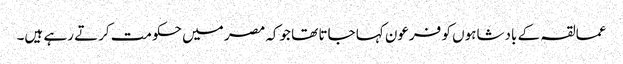
عمالقہ کے بادشاہوں کو فرعون کہا جاتا تھا جوکہ مصر میں حکومت کرتے رہے ہیں۔